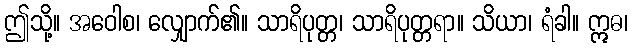
ဤသို့။ အဝေါစ၊ လျှောက်၏။ သာရိပုတ္တ၊ သာရိပုတ္တရာ။ သိယာ၊ ရံခါ။ ဣဓ၊